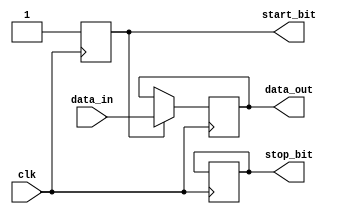
module uart_transmitter (
    input clk,
    input data_in,
    output reg start_bit,
    output reg data_out,
    output reg stop_bit
);

// Parameter for baud rate
parameter BAUD_RATE = 9600;

// Generate Clock Signal
reg [11:0] counter;
always @(posedge clk) begin
    if (counter == BAUD_RATE - 1) begin
        counter <= 0;
    end else begin
        counter <= counter + 1;
    end
end

// Start Bit Generation
always @(posedge clk) begin
    start_bit <= 1'b1;
end

// Data Transmission
always @(posedge clk) begin
    if (start_bit) begin
        data_out <= data_in;
    end
end

// Parity Generation (Optional)
// Add your parity generation logic here

// Stop Bit Generation
always @(posedge clk) begin
    if (counter == BAUD_RATE - 1) begin
        stop_bit <= 1'b0;
    end
end

endmodule